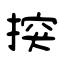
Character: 揬